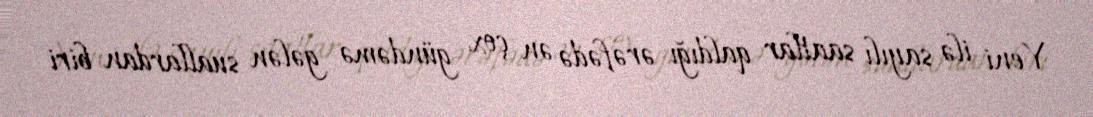
Yeni ilə sayılı saatlar qaldığı ərəfədə ən çox gündəmə gələn suallardan biri